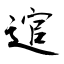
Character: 逭